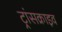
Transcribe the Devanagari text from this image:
ट्रांसक्राइव